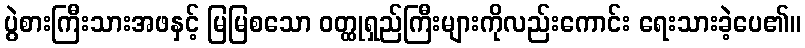
ပွဲစားကြီးသားအဖနှင့် မြမြစသော ဝတ္ထုရှည်ကြီးများကိုလည်းကောင်း ရေးသားခဲ့ပေ၏။